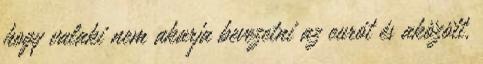
hogy valaki nem akarja bevezetni az eurót és aközött,